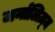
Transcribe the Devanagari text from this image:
जर्नालिज़्म